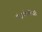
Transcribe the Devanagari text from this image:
चंद्रार्कवर्णेश्वरी